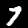
Digit: 7